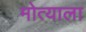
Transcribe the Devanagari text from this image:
मोत्याला